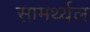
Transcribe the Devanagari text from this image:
सामर्थ्यल